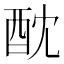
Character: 酖